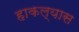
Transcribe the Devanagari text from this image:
हाकल्यास